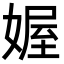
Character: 媉